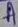
Text: A